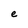
Character: e